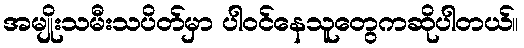
အမျိုးသမီးသပိတ်မှာ ပါဝင်နေသူတွေကဆိုပါတယ်။